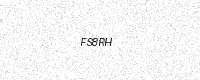
Text: FS8RH